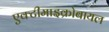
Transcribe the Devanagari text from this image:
एक्टीमाइक्रोबायल